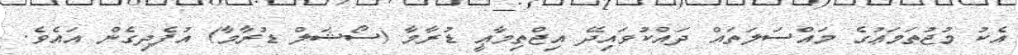
އެކު މުޖުތަމަޢުގެ މައްސަލަތައް ދައްކުވައިދޭ އިޖްތިމާޢީ ޑުރާމާ (ސޯޝަލް ޑުރާމާ) އުފެދިގެން އައެވެ.